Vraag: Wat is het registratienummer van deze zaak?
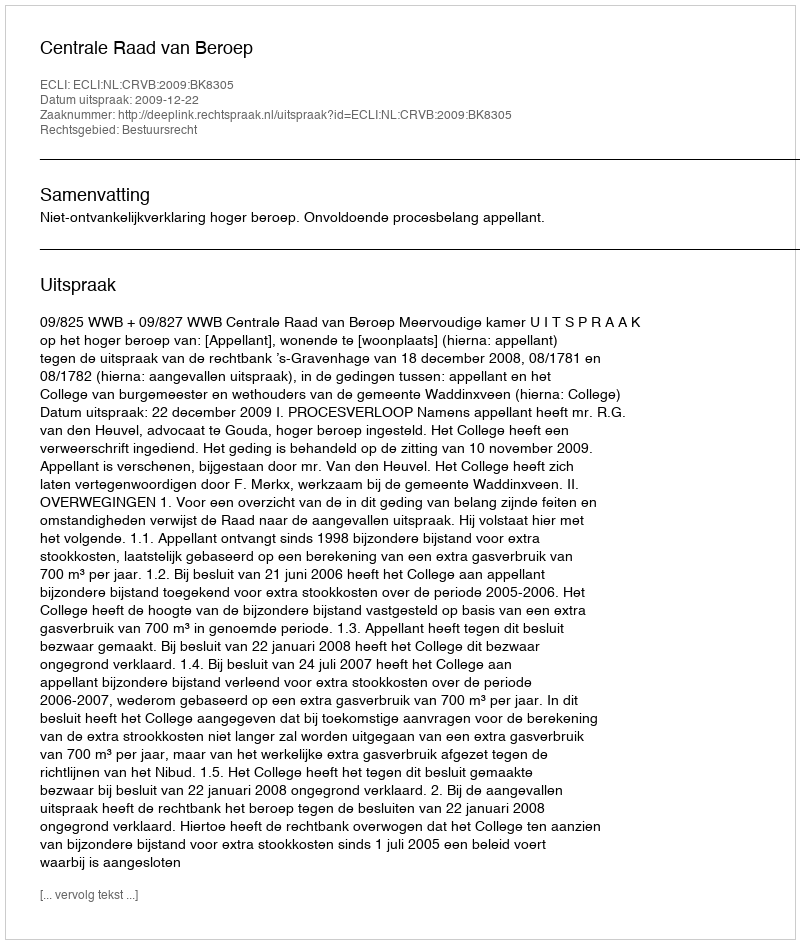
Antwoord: http://deeplink.rechtspraak.nl/uitspraak?id=ECLI:NL:CRVB:2009:BK8305